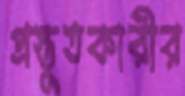
প্রস্তুতকারীর